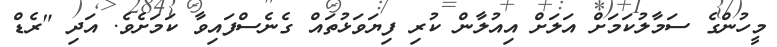
މީހުންގެ ސަމާލުކަމަށް އަލަށް އިއުލާން ކުރި ފިޔަވަޅުތަައް ގެނެސްފައިވާ ކަަމަށެވެ. އަދި "ރެޑް